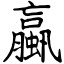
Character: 蠃